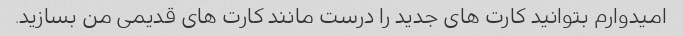
امیدوارم بتوانید کارت های جدید را درست مانند کارت های قدیمی من بسازید.